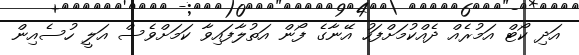
އަދި ކޯޓް އަމުރެއް ދެއްކުމަށްފަހު އޭނާގެ ފޯން އަތުލާފައިވާ ކަމަށްވެސް އަލީ ހުސެއިން